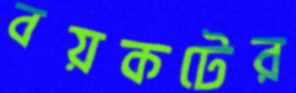
বয়কটের